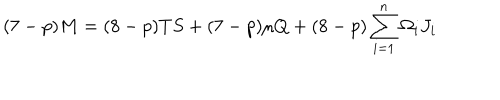
( 7 - p ) M = ( 8 - p ) T S + ( 7 - p ) \mu Q + ( 8 - p ) \sum _ { i = 1 } ^ { n } \Omega _ { i } J _ { i }